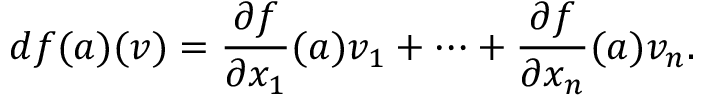
d f ( { \boldsymbol { a } } ) ( { \boldsymbol { v } } ) = { \frac { \partial f } { \partial x _ { 1 } } } ( { \boldsymbol { a } } ) v _ { 1 } + \cdots + { \frac { \partial f } { \partial x _ { n } } } ( { \boldsymbol { a } } ) v _ { n } .